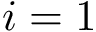
i = 1